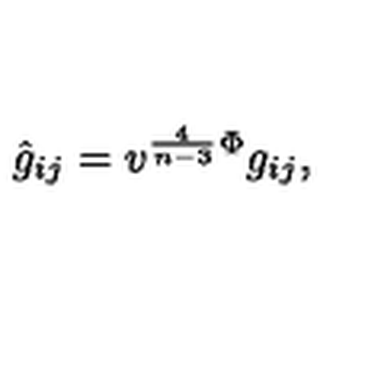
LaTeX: \hat { g } _ { i j } = v ^ { \frac { 4 } { n - 3 } } { } ^ { \Phi } g _ { i j } ,